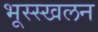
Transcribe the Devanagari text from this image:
भूस्स्खलन